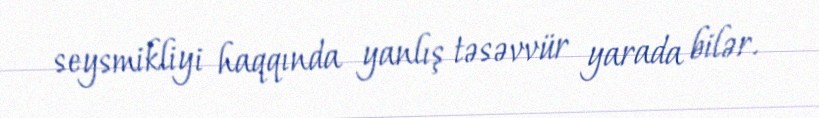
seysmikliyi haqqında yanlış təsəvvür yarada bilər.